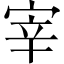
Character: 宰